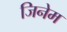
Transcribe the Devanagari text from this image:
जिनेम